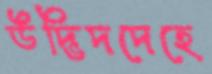
উদ্ভিদদেহে